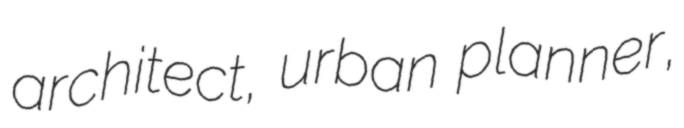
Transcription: architect, urban planner,